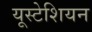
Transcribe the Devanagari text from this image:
यूस्टेशियन